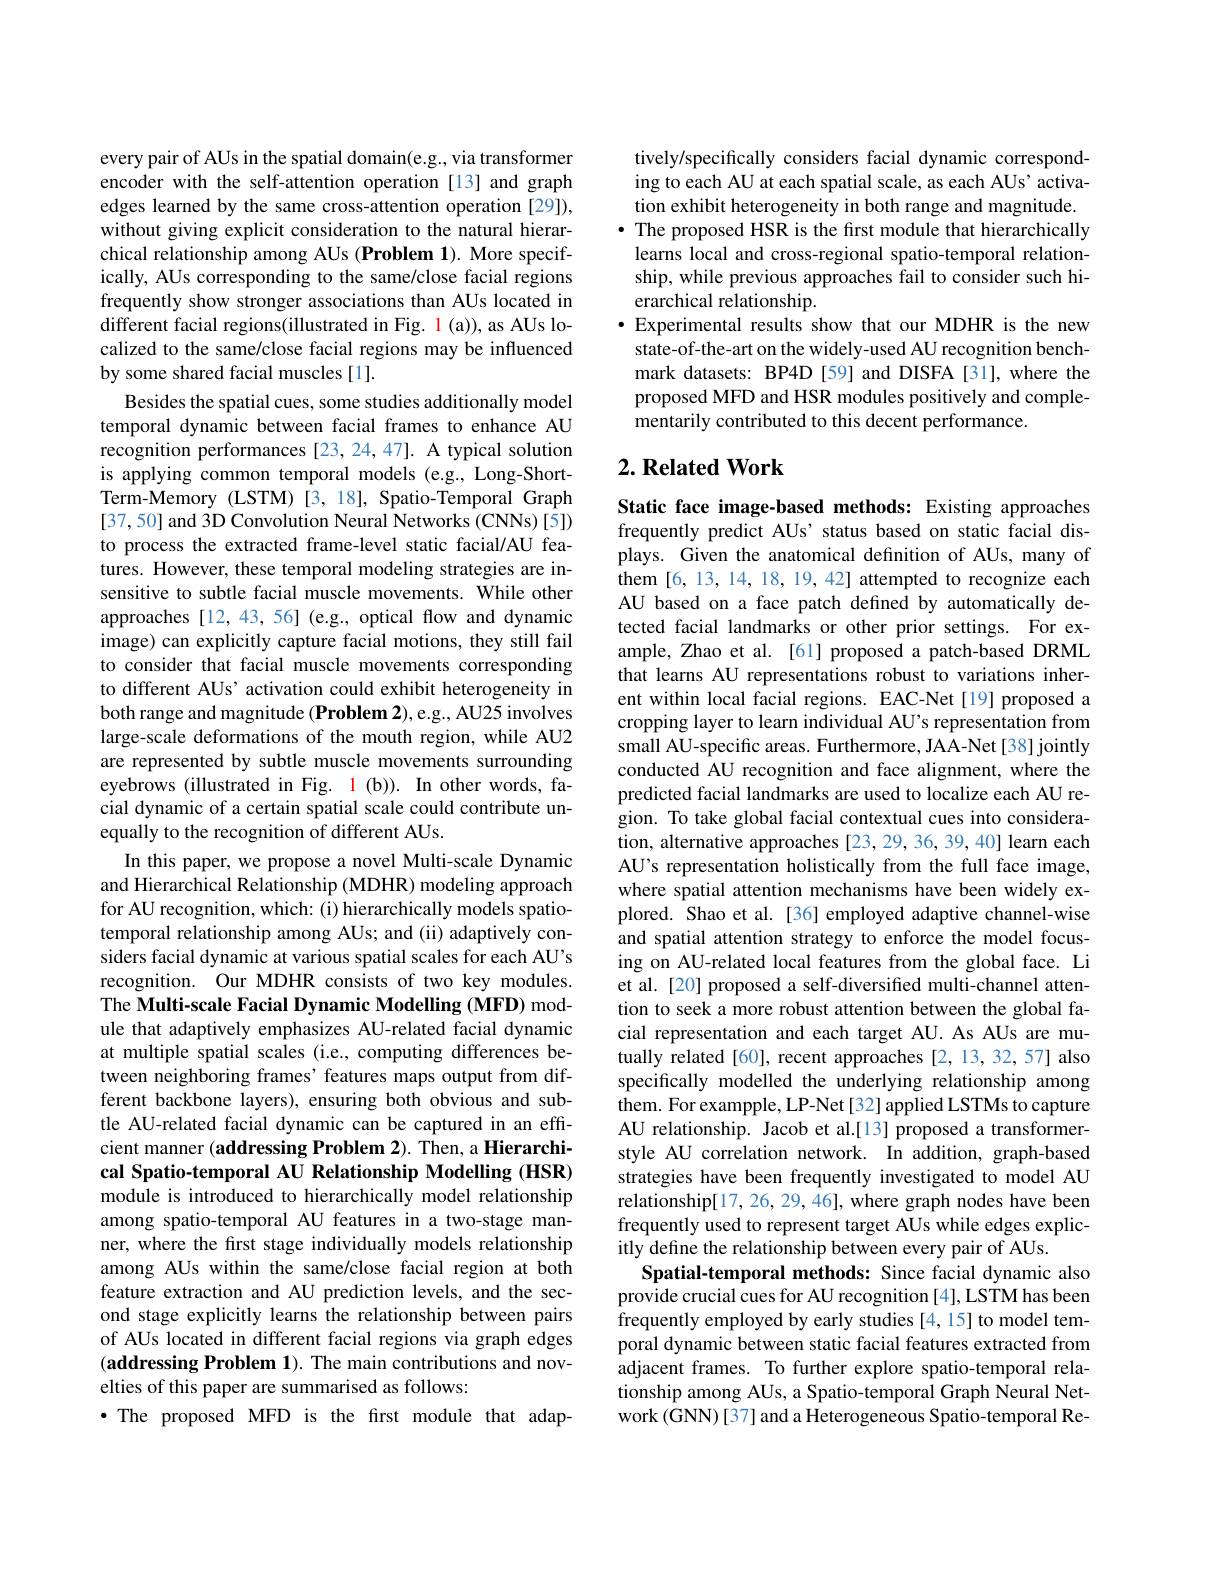
every pair of AUs in the spatial domain(e.g., via transformer encoder with the self-attention operation [13] and graph edges learned by the same cross-attention operation [29]), without giving explicit consideration to the natural hierarchical relationship among AUs (Problem 1). More specifically, AUs corresponding to the same/close facial regions frequently show stronger associations than AUs located in different facial regions(illustrated in Fig. 1(a)), as AUs localized to the same/close facial regions may be influenced by some shared facial muscles [1].
Besides the spatial cues, some studies additionally model temporal dynamic between facial frames to enhance AU recognition performances [23,24,47]. A typical solution is applying common temporal models (e.g., Long-ShortTerm-Memory (LSTM) [3,18], Spatio-Temporal Graph [37,50] and 3D Convolution Neural Networks (CNNs)[5]) to process the extracted frame-level static facial/AU features. However, these temporal modeling strategies are insensitive to subtle facial muscle movements. While other approaches [12,43,56] (e.g., optical flow and dynamic image) can explicitly capture facial motions, they still fail to consider that facial muscle movements corresponding to different AUs’ activation could exhibit heterogeneity in both range and magnitude (Problem 2),e.g., AU25 involves large-scale deformations of the mouth region, while AU2 are represented by subtle muscle movements surrounding eyebrows (illustrated in Fig. 1(b)). In other words, facial dynamic of a certain spatial scale could contribute unequally to the recognition of different AUs.
In this paper, we propose a novel Multi-scale Dynamic and Hierarchical Relationship (MDHR) modeling approach for AU recognition, which: (i) hierarchically models spatiotemporal relationship among AUs; and (ii) adaptively considers facial dynamic at various spatial scales for each AU's recognition. Our MDHR consists of two key modules. The Multi-scale Facial Dynamic Modelling (MFD) module that adaptively emphasizes AU-related facial dynamic at multiple spatial scales (i.e., computing differences between neighboring frames' features maps output from different backbone layers), ensuring both obvious and subtle AU-related facial dynamic can be captured in an efficient manner (addressing Problem 2). Then, a Hierarchical Spatio-temporal AU Relationship Modelling (HSR) module is introduced to hierarchically model relationship among spatio-temporal AU features in a two-stage manner, where the first stage individually models relationship among AUs within the same/close facial region at both feature extraction and AU prediction levels, and the second stage explicitly learns the relationship between pairs of AUs located in different facial regions via graph edges $( \textbf{addressing Problem 1}) .$ The main contributions and novelties of this paper are summarised as follows:
$\bullet$ The proposed MFD is the first module that adap-

tively/specifically considers facial dynamic corresponding to each AU at each spatial scale, as each AUs' activation exhibit heterogeneity in both range and magnitude.
· The proposed HSR is the first module that hierarchically
learns local and cross-regional spatio-temporal relationship, while previous approaches fail to consider such hierarchical relationship.
$\bullet$ Experimental results show that our MDHR is the new
state-of-the-art on the widely-used AU recognition benchmark datasets: BP4D [59] and DISFA [31], where the proposed MFD and HSR modules positively and complementarily contributed to this decent performance.

## $2. \textbf{ Related Work}$

Static face image-based methods: Existing approaches frequently predict AUs' status based on static facial displays. Given the anatomical definition of AUs, many of them [6,13,14,18,19,42] attempted to recognize each AU based on a face patch defined by automatically detected facial landmarks or other prior settings. For example, Zhao et al. [61] proposed a patch-based DRML that learns AU representations robust to variations inherent within local facial regions. EAC-Net[19] proposed a cropping layer to learn individual AU's representation from small AU-specific areas. Furthermore, JAA-Net[38] jointly conducted AU recognition and face alignment, where the predicted facial landmarks are used to localize each AU region. To take global facial contextual cues into consideration, alternative approaches [23, 29, 36, 39, 40] learn each AU's representation holistically from the full face image, where spatial attention mechanisms have been widely explored. Shao et al.[36] employed adaptive channel-wise and spatial attention strategy to enforce the model focusing on AU-related local features from the global face. Li et al. [20] proposed a self-diversified multi-channel attention to seek a more robust attention between the global facial representation and each target AU. As AUs are mutually related [60], recent approaches [2, 13, 32, 57] also specifically modelled the underlying relationship among them. For exampple, LP-Net [32] applied LSTMs to capture AU relationship. Jacob et al.[13] proposed a transformerstyle AU correlation network. In addition, graph-based strategies have been frequently investigated to model AU relationship[17, 26, 29, 46], where graph nodes have been frequently used to represent target AUs while edges explicitly define the relationship between every pair of AUs.
Spatial-temporal methods: Since facial dynamic also provide crucial cues for AU recognition [4], LSTM has been frequently employed by early studies [4,15] to model temporal dynamic between static facial features extracted from adjacent frames. To further explore spatio-temporal relationship among AUs, a Spatio-temporal Graph Neural Network (GNN)[37] and a Heterogeneous Spatio-temporal Re-